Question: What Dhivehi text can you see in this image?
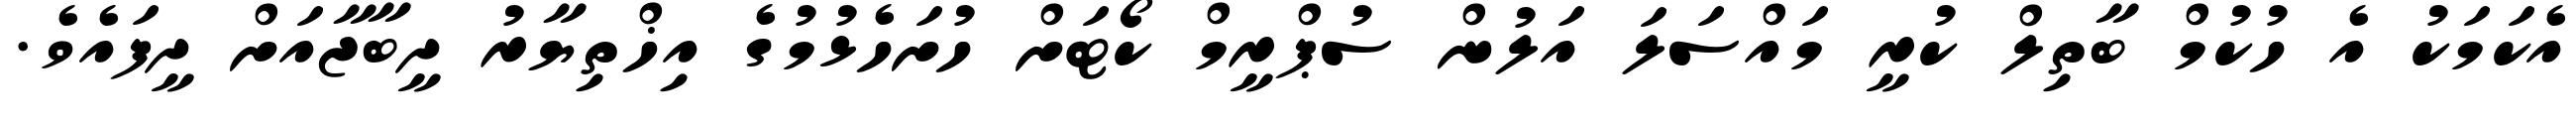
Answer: އެކަމަކު އެ ހުކުމް ބާތިލް ކުރީ މައްސަލަ އަލުން ސުޕްރީމް ކޯޓަށް ހުށަހެޅުމުގެ އިޚްތިޔާރު ދީބާޖާއަށް ދީފައެވެ.